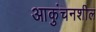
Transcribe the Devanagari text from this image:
आकुंचनशील